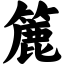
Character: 簏